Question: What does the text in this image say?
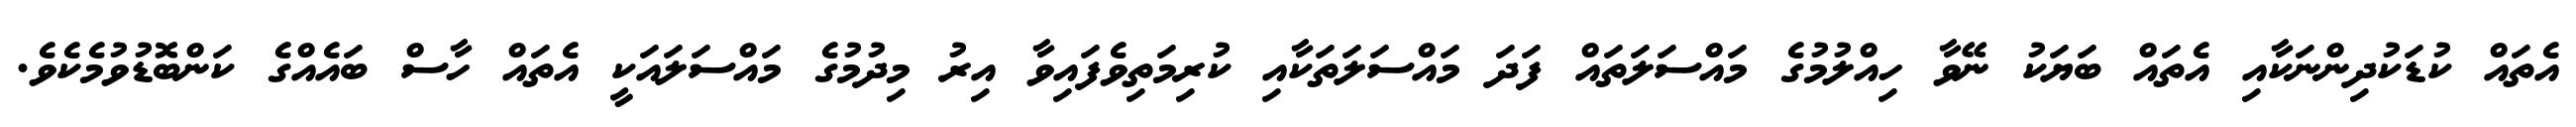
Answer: އެތައް ކުޑަކުދިންނަކާއި އެތައް ބަޔަކު ނޭވާ ހިއްލުމުގެ މައްސަލަތައް ފަދަ މައްސަލަތަކާއި ކުރިމަތިވެފައިވާ އިރު މިދުމުގެ މައްސަލައަކީ އެތައް ހާސް ބައެއްގެ ކަންބޮޑުވުމެކެވެ.